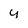
Character: y